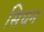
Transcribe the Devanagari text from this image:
सिधन